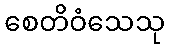
စေတိဝံသေသု